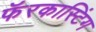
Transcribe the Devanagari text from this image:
फॅरकास्टिंग